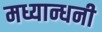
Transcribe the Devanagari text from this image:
मध्यान्धनी